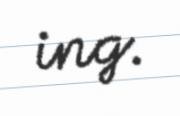
ing.